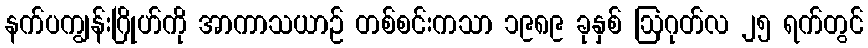
နက်ပကျွန်းဂြိုဟ်ကို အာကာသယာဉ် တစ်စင်းကသာ ၁၉၈၉ ခုနှစ် ဩဂုတ်လ ၂၅ ရက်တွင်